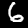
Label: 6